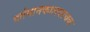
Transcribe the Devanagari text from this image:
वर्तमानकालवाचक